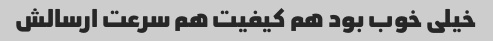
خیلی خوب بود هم کیفیت هم سرعت ارسالش